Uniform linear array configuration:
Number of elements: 24
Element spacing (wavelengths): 0.5
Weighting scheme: uniform
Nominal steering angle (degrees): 30
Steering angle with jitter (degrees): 30.91
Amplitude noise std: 0.05
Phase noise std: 0.05

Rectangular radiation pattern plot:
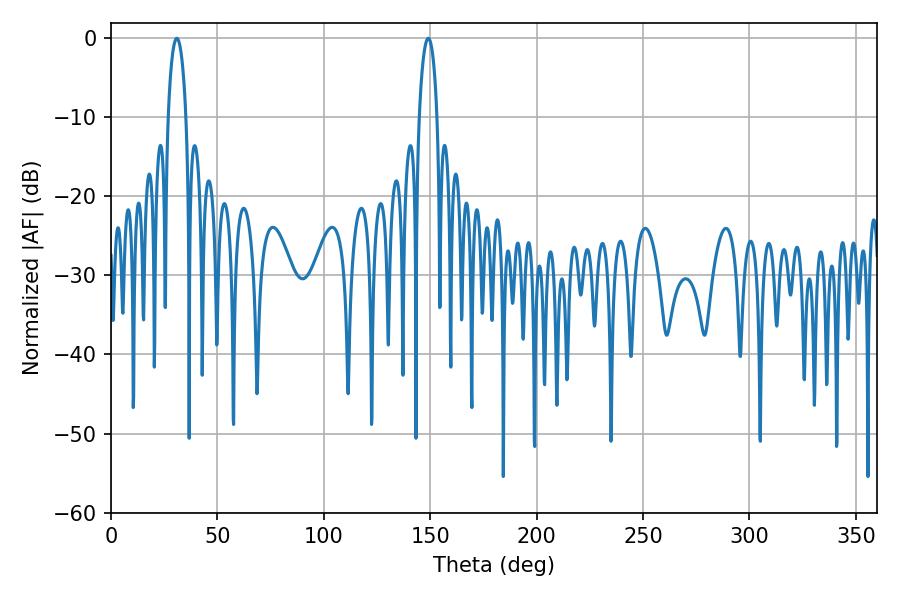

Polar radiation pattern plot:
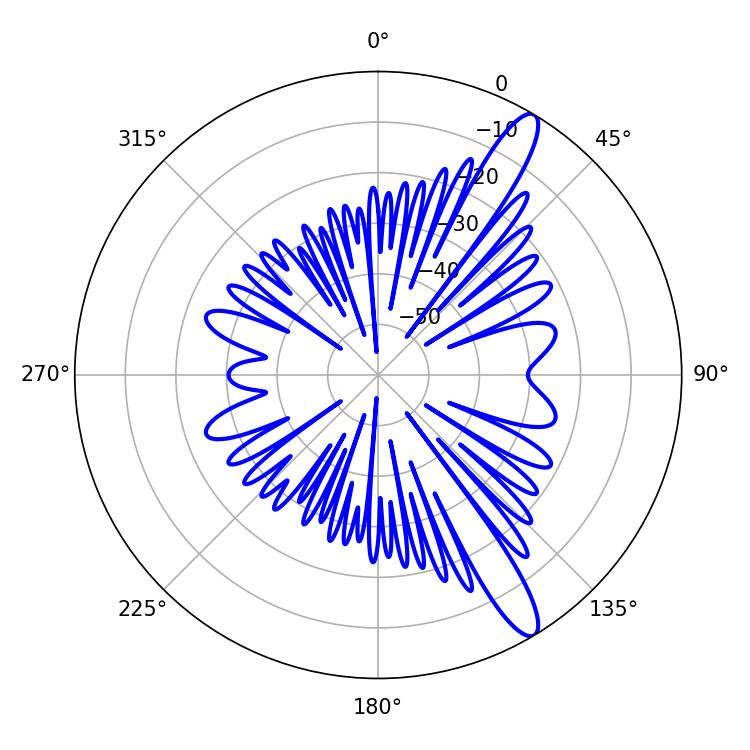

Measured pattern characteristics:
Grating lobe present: FALSE
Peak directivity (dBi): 13.074
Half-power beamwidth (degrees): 4.68
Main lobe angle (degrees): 149.04